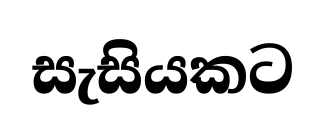
සැසියකට